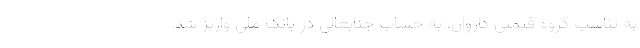
به تناسب گروه قیمتی کاروان، به حساب جنابعالی در بانک ملی واریز شد.